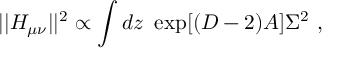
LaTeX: | | H _ { \mu \nu } | | ^ { 2 } \propto \int d z ~ \exp [ ( D - 2 ) A ] \Sigma ^ { 2 } ~ ,